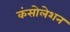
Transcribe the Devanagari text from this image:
कंसोलेशन